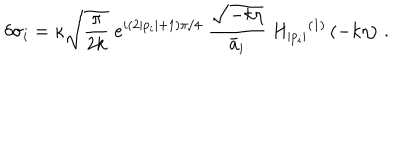
\delta \sigma _ { i } = \kappa \sqrt { \frac { \pi } { 2 k } } \; e ^ { i ( 2 | p _ { i } | + 1 ) \pi / 4 } \; \frac { \sqrt { - k \eta } } { \bar { a } _ { i } } \; { H _ { | p _ { i } | } } ^ { ( 1 ) } \left( - k \eta \right) \, .